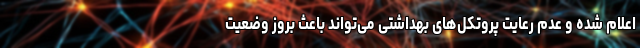
اعلام شده و عدم رعایت پروتکل‌های بهداشتی می‌تواند باعث بروز وضعیت